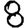
Digit: 8